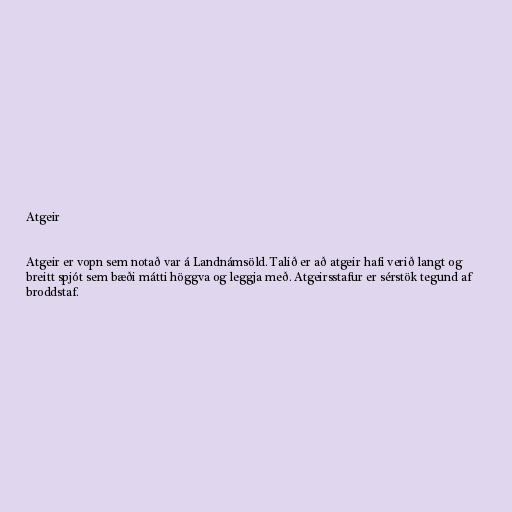
Atgeir

Atgeir er vopn sem notað var á Landnámsöld. Talið er að atgeir hafi verið langt og
breitt spjót sem bæði mátti höggva og leggja með. Atgeirsstafur er sérstök tegund af
broddstaf.